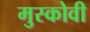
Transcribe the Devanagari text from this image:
मुस्कोवी